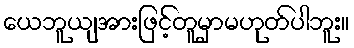
ယေဘူယျအားဖြင့်တူမှာမဟုတ်ပါဘူး။